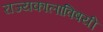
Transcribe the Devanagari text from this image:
राज्यकालाविषयी